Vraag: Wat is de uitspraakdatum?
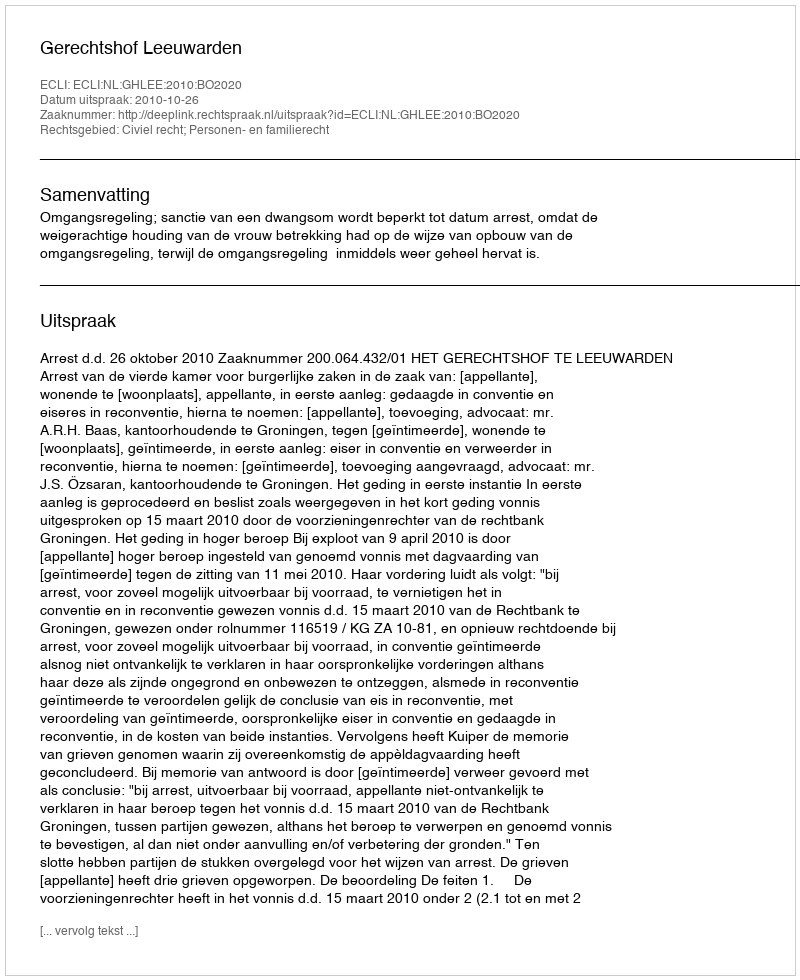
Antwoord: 2010-10-26